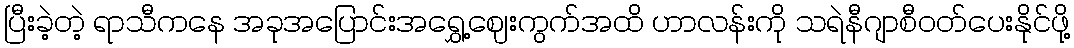
ပြီးခဲ့တဲ့ ရာသီကနေ အခုအပြောင်းအရွှေ့ဈေးကွက်အထိ ဟာလန်းကို သရဲနီဂျာစီဝတ်ပေးနိုင်ဖို့